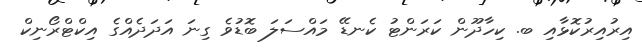
އިރުއިރުކޮޅާއި ބ. ކިހާދޫން ކަރަންޓު ކެނޑޭ މައްސަލަ ބޮޑުވެ ގިނަ އަދަދެއްގެ އިކްޓްރޯނިކް